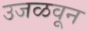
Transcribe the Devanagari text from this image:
उजळवून